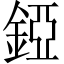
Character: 錏